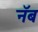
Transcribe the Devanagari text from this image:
नॅब